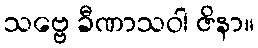
သဗ္ဗေ ခီဏာသဝါ ဇိနာ။